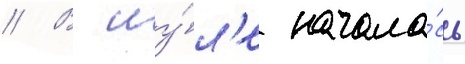
// В иу́л'е начала́сь